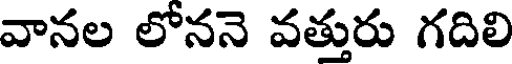
వానల లోననె వత్తురు గదిలి